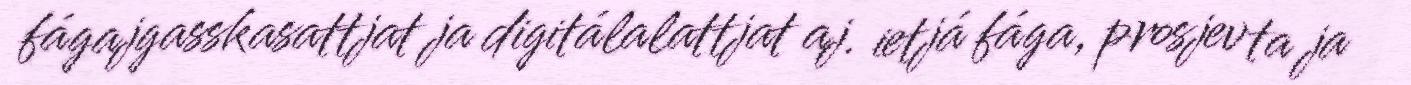
fágajgasskasattjat ja digitálalattjat aj. ietjá fága, prosjevta ja